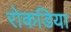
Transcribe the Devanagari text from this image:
रोकडिया